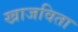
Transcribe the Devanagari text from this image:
खाजविता